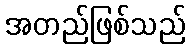
အတည်ဖြစ်သည်